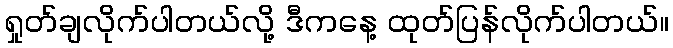
ရှုတ်ချလိုက်ပါတယ်လို့ ဒီကနေ့ ထုတ်ပြန်လိုက်ပါတယ်။